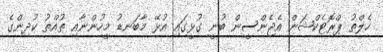
ހެލްތު ޕްރޮޓެކްޝަން އެޖެންސީން ބުނީ ގުޅީގައި އުޅޭ މާބަނޑު މީހުންނާއި ތުއްތު ކުދިންގެ